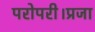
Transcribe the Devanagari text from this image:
परोपरी।प्रजा